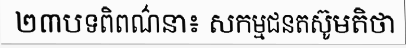
២៣បទពិពណ៌នា៖ សកម្មជនតស៊ូមតិថា